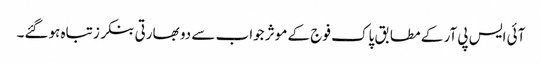
آئی ایس پی آر کے مطابق پاک فوج کے موثر جواب سے دو بھارتی بنکرز تباہ ہوگئے۔